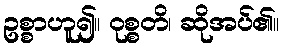
ဥစ္စာဟူ၍။ ဝုစ္စတိ၊ ဆိုအပ်၏။